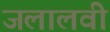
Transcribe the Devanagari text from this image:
जलालवी